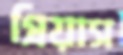
প্রিয়াস